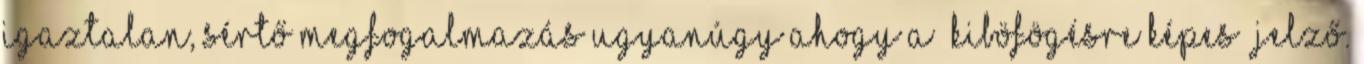
igaztalan, sértő megfogalmazás ugyanúgy ahogy a “kiböfögésre képes” jelző.